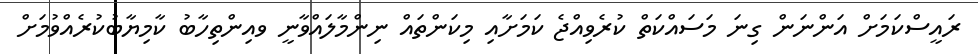
ރައީސްކަމަށް އަންނަން ގިނަ މަސައްކަތް ކުރެވިއްޖެ ކަމަށާއި މިކަންތައް ނިންމާލައްވާނީ ވއިންތިހާބު ކާމިޔާބުކުރެއްވުމަށް